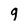
Character: 9